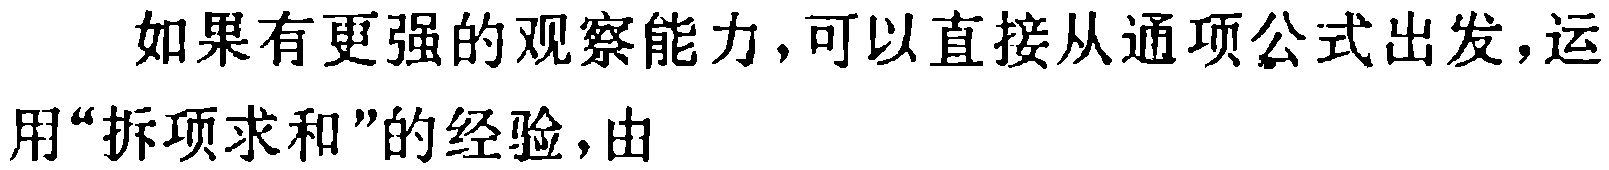
如果有更强的观察能力，可以直接从通项公式出发，运用“拆项求和”的经验，由